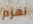
تهزم